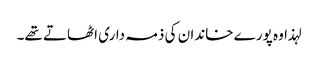
لہذا وہ پورے خاندان کی ذمہ داری اٹھاتے تھے۔